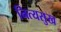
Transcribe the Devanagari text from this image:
नित्यसुख